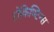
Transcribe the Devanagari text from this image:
टोकिण्टिन्स